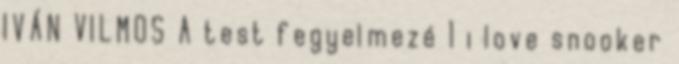
IVÁN VILMOS A test fegyelmezé 1 i love snooker